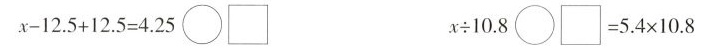
$$x - 1 2 . 5 + 1 2 . 5 = 4 . 2 5 \circ \Box$$ $$x \div 1 0 . 8 \circ \Box = 5 . 4 \times 1 0 . 8$$